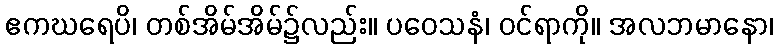
ဧကဃရေပိ၊ တစ်အိမ်အိမ်၌လည်း။ ပဝေသနံ၊ ဝင်ရာကို။ အလဘမာနော၊